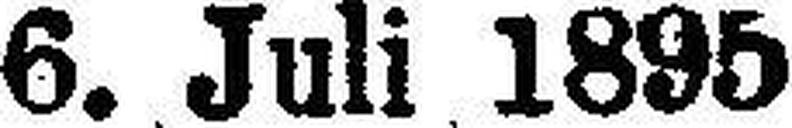
6. Juli 1895